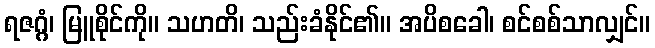
ရဇဂ္ဂံ၊ မြူစိုင်ကို။ သဟတိ၊ သည်းခံနိုင်၏။ အပိစခေါ၊ စင်စစ်သာလျှင်။